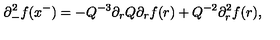
\partial _ { - } ^ { 2 } f ( x ^ { - } ) = - Q ^ { - 3 } \partial _ { r } Q \partial _ { r } f ( r ) + Q ^ { - 2 } \partial _ { r } ^ { 2 } f ( r ) ,